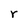
Character: r